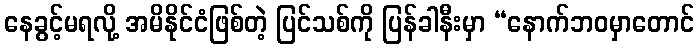
နေခွင့်မရလို့ အမိနိုင်ငံဖြစ်တဲ့ ပြင်သစ်ကို ပြန်ခါနီးမှာ “နောက်ဘဝမှာတောင်